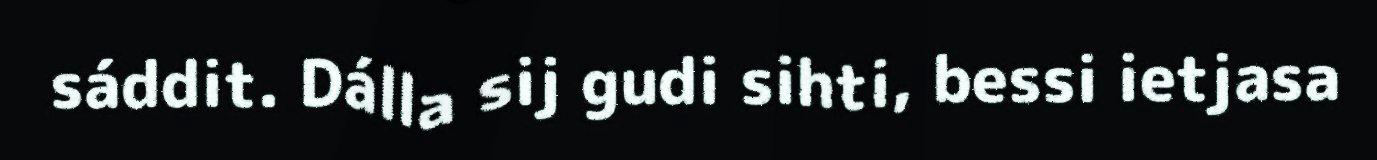
sáddit. Dálla sij gudi sihti, bessi ietjasa